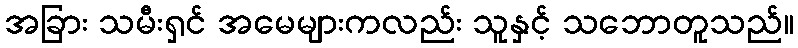
အခြား သမီးရှင် အမေများကလည်း သူနှင့် သဘောတူသည်။